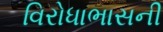
વિરોધાભાસની